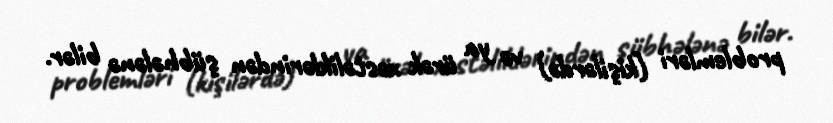
problemləri (kişilərdə) və ya ürək xəstəliklərindən şübhələnə bilər.